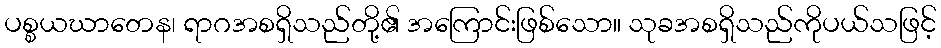
ပစ္စယဃာတေန၊ ရာဂအစရှိသည်တို့၏ အကြောင်းဖြစ်သော။ သုခအစရှိသည်ကိုပယ်သဖြင့်